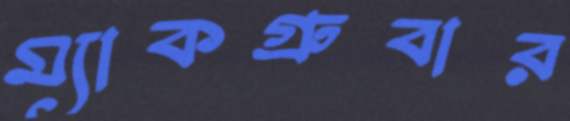
ম্যাকগ্রুবার